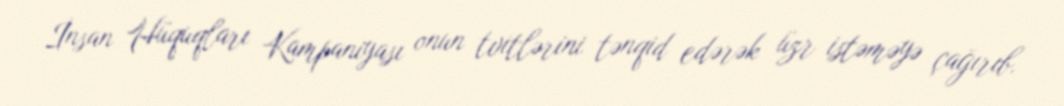
İnsan Hüquqları Kampaniyası onun tvitlərini tənqid edərək üzr istəməyə çağırıb.